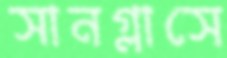
সানগ্লাসে